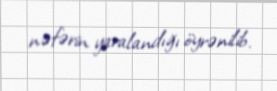
nəfərin yaralandığı öyrənilib.